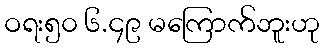
ဝရး၅၀ ၆.၄၉ မကြောက်ဘူးဟု